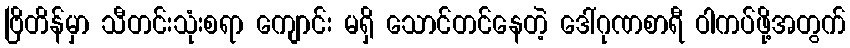
ဗြိတိန်မှာ သီတင်းသုံးစရာ ကျောင်း မရှိ သောင်တင်နေတဲ့ ဒေါ်ဂုဏစာရီ ဝါကပ်ဖို့အတွက်